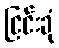
ငြင်းခုံ